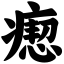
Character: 瘛